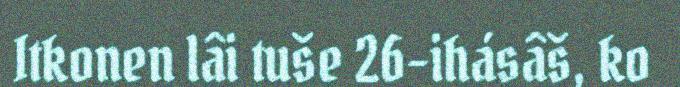
Itkonen lâi tuše 26-ihásâš, ko